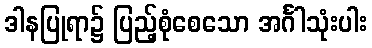
ဒါနပြုရာ၌ ပြည့်စုံစေသော အင်္ဂါသုံးပါး